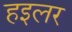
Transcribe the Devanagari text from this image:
हइलर